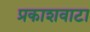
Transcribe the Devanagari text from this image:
प्रकाशवाटा